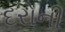
દરોની